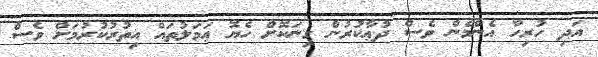
އަދި ހުރިހާ އެންމެން ވެސް ދުޢާކުރުން ގިނަކޮށް ހެޔޮ ޢަމަލުތައް އިތުރުކުރުމަށް ވެސް